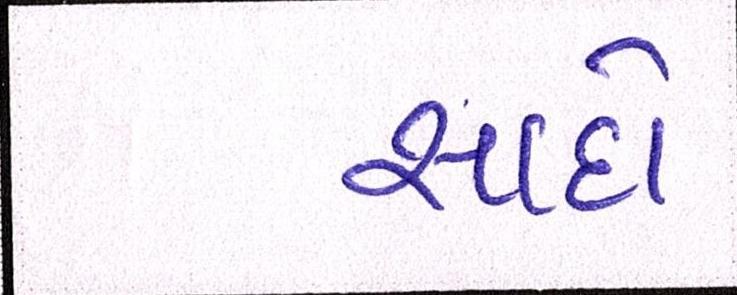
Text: સાદો